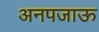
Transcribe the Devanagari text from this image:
अनपजाऊ